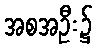
အစအဦး၌